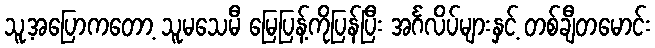
သူ့အပြောကတော့ သူမသေမီ မြေပြန့်ကိုပြန်ပြီး အင်္ဂလိပ်များနှင့် တစ်ချီတမောင်း